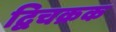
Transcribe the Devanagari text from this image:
द्विचक्रक